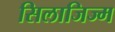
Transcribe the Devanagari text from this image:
सिलाजिज्म